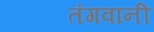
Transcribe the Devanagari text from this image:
तंगवानी